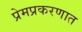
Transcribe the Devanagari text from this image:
प्रेमप्रकरणात